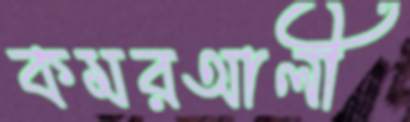
কমরআলী